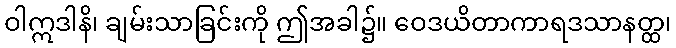
ဝါဣဒါနိ၊ ချမ်းသာခြင်းကို ဤအခါ၌။ ဝေဒယိတာကာရဒသာနတ္ထ၊